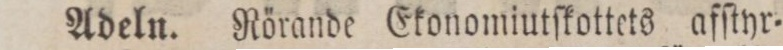
Adeln. Rörande Ekonomiutſkottets afſtyr=